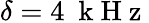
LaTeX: \delta=4~\mathrm{~k~H~z~}